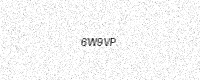
Text: 6W9VP